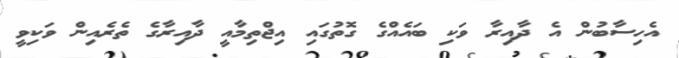
އެހިސާބުން އެ ދާއިރާ ވަކި ބައެއްގެ ގޮތުގައި އިޖްތިމާއީ ދާއިރާގެ ތެރެއިން ވަކިވީ